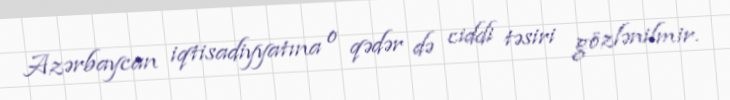
Azərbaycan iqtisadiyyatına o qədər də ciddi təsiri gözlənilmir.